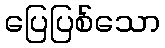
ပြေပြစ်သော